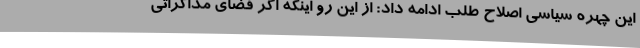
این چهره سیاسی اصلاح طلب ادامه داد: از این رو اینکه اگر فضای مذاکراتی